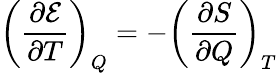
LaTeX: \left({\frac{\partial{\mathcal{E}}}{\partial T}}\right)_{Q}=-\left({\frac{\partial S}{\partial Q}}\right)_{T}